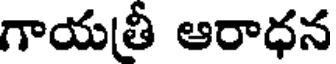
గాయత్రీ ఆరాధన